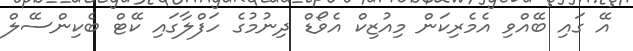
އޭ ގައި ބޭއްވި އެމެރިކަން މިއުޒިކް އެވޯޑް ދިނުމުގެ ހަފްލާގައި ކޭޓް ބެކިންސޭލް